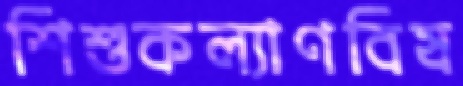
শিশুকল্যাণবিষ